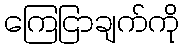
ကြေငြာချက်ကို